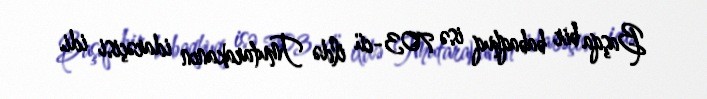
Başqa bir babaqhuq isə 703-cü ildə Tmutarakanın idarəçisi idi.